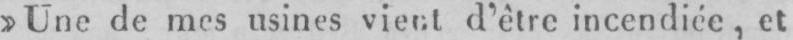
d’être incendiée, et